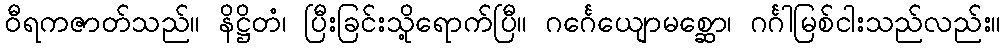
ဝီရကဇာတ်သည်။ နိဋ္ဌိတံ၊ ပြီးခြင်းသို့ရောက်ပြီ။ ဂင်္ဂေယျောမစ္ဆော၊ ဂင်္ဂါမြစ်ငါးသည်လည်း။